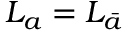
L _ { a } = L _ { \bar { a } }